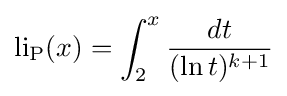
\operatorname {li_{P}} (x)=\int _{2}^{x}{\frac {dt}{(\ln t)^{k+1}}}